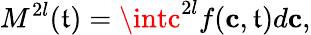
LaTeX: M^{2l}(\mathfrak{t})=\intc^{2l}f(\mathbf{{c}},\mathfrak{t})d\mathbf{{c}},